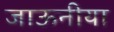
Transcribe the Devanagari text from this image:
जाऊनीया